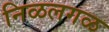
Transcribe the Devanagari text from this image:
निळलगळ